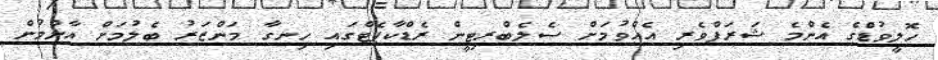
ހޮލީވުޑްގެ އެންމެ ޝަރަފްވެރި އެއްވުމަށް ސެލެބްރިޓީން ރެޑްކާޕެޓްގައި ހިނގާ މަންޒަރު ބެލުމަށް އާންމުން